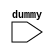

module part_16DUMMY (dummy);
  input dummy;

endmodule